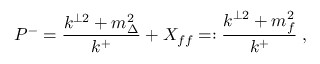
P ^ { - } = \frac { k ^ { \perp 2 } + m _ { \Delta } ^ { 2 } } { k ^ { + } } + X _ { f f } = : \frac { k ^ { \perp 2 } + m _ { f } ^ { 2 } } { k ^ { + } } \; ,